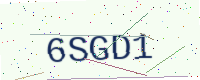
Text: 6SGD1